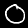
Digit: 0